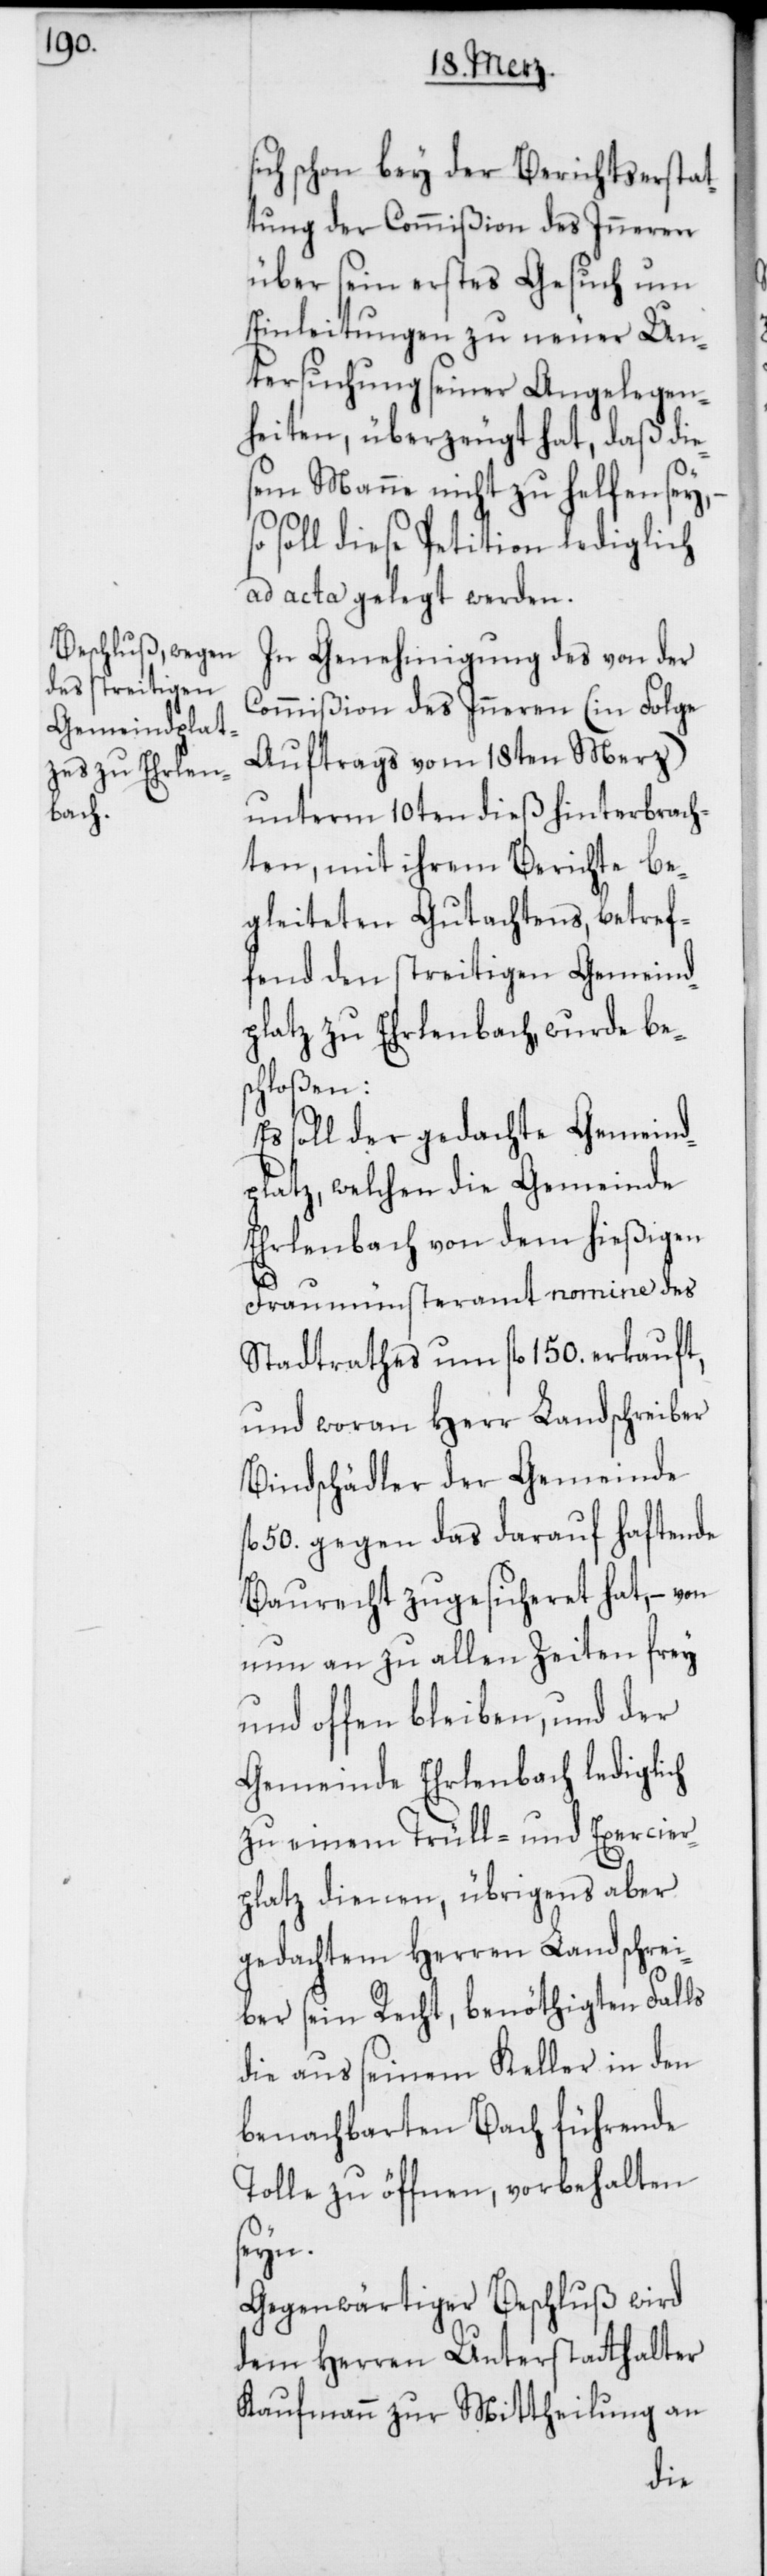
ch schon bey der Berichtserstat¬
tung der Commißion des Inneren
über sein erstes Gesuch um
Einleitungen zu neuer Un¬
tersuchung seiner Angelegen¬
heiten, überzeugt hat, daß die¬
sem Manne nicht zu helfen sey,
soll diese Petiton lediglich
ad acta gelegt werden.
In Genehmigung des von der
Commißion des Inneren (in Folge
Auftrags vom 18ten Merz)
unterm 10ten dieß hinterbrach¬
ten, mit ihrem Berichte be¬
gleiteten Gutachtens, betref¬
fend den streitigen Gemeind¬
platz zu Erlenbach wurde be¬
schloßen:
Es soll der gedachte Gemeind¬
platz, welchen die Gemeinde
Erlenbach von dem hießigen
Fraumünsteramt nomine des
Stadtrathes um fl. 150. erkauft,
und woran Herr Landschreiber
Bindschädler der Gemeinde
50. gegen das darauf haftende
Baurecht zugesicheret hat, – von
nun an zu allen Zeiten frey
und offen bleiben, und der
Gemeinde Erlenbach lediglich
zu einem Trüll- und Exercier¬
platz dienen, übrigens aber
gedachtem Herren Landschrei¬
ber sein Recht, benöthigten Falls
die aus seinem Keller in den
benachbarten Bach führende
Tolle zu öffnen, vorbehalten
seyn.
Gegenwärtiger Beschluß wird
dem Herren Unterstatthalter
Kaufmann zur Mittheilung an